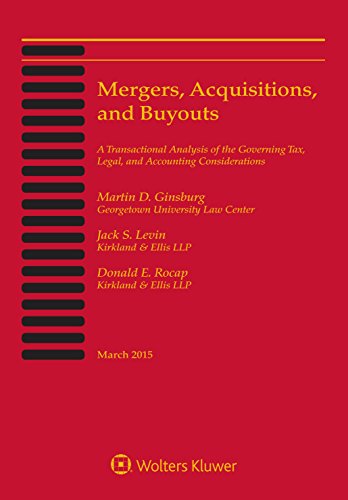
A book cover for Mergers, Acquisitions, and Buyouts, March 2015: Five-Volume Print Set; Martin D. Ginsburg; Law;